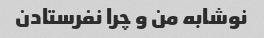
نوشابه من و چرا نفرستادن